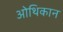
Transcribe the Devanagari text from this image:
ओथिकान